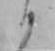
か